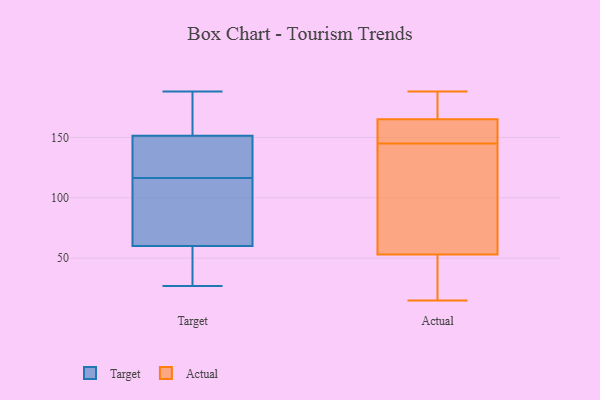
{"axis": {"x": "Tickets Resolved", "y": "Value"}, "legend": ["Actual", "Target"], "data": [{"x": "", "y": 155, "type": "Target"}, {"x": "", "y": 107, "type": "Target"}, {"x": "", "y": 188, "type": "Target"}, {"x": "", "y": 176, "type": "Target"}, {"x": "", "y": 143, "type": "Target"}, {"x": "", "y": 39, "type": "Target"}, {"x": "", "y": 112, "type": "Target"}, {"x": "", "y": 27, "type": "Target"}, {"x": "", "y": 148, "type": "Target"}, {"x": "", "y": 121, "type": "Target"}, {"x": "", "y": 70, "type": "Target"}, {"x": "", "y": 50, "type": "Target"}, {"x": "", "y": 56, "type": "Actual"}, {"x": "", "y": 159, "type": "Actual"}, {"x": "", "y": 17, "type": "Actual"}, {"x": "", "y": 27, "type": "Actual"}, {"x": "", "y": 180, "type": "Actual"}, {"x": "", "y": 15, "type": "Actual"}, {"x": "", "y": 174, "type": "Actual"}, {"x": "", "y": 134, "type": "Actual"}, {"x": "", "y": 150, "type": "Actual"}, {"x": "", "y": 52, "type": "Actual"}, {"x": "", "y": 152, "type": "Actual"}, {"x": "", "y": 65, "type": "Actual"}, {"x": "", "y": 188, "type": "Actual"}, {"x": "", "y": 145, "type": "Actual"}, {"x": "", "y": 176, "type": "Actual"}, {"x": "", "y": 151, "type": "Actual"}, {"x": "", "y": 64, "type": "Actual"}, {"x": "", "y": 41, "type": "Actual"}, {"x": "", "y": 167, "type": "Actual"}]}